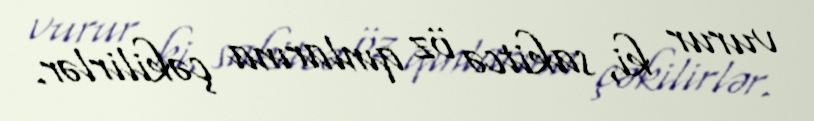
vurur ki, sakitcə öz qınlarına çəkilirlər.